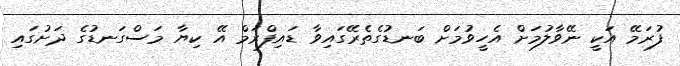
ފުރަމޭ އަކީ ނޭވާލުމަށް އެހީވުމަށް ބަނޑުގެތެރޭގައިވާ ޑައިފްރަމް އޭ ކިޔާ މަސްގަނޑުގެ ދަށުގައި